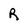
Character: R